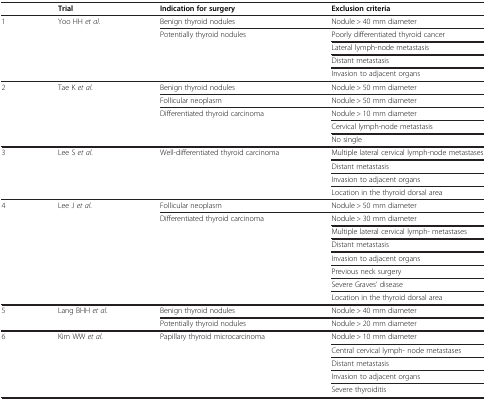
<table><thead><tr><td><b> </b></td><td><b>Trial</b></td><td><b>Indication for surgery</b></td><td><b>Exclusion criteria</b></td></tr></thead><tbody><tr><td rowspan="5">1</td><td rowspan="5">Yoo HH <i>et al</i>.</td><td>Benign thyroid nodules</td><td>Nodule &gt; 40 mm diameter</td></tr><tr><td rowspan="4">Potentially thyroid nodules</td><td>Poorly differentiated thyroid cancer</td></tr><tr><td>Lateral lymph-node metastasis</td></tr><tr><td>Distant metastasis</td></tr><tr><td>Invasion to adjacent organs</td></tr><tr><td rowspan="5">2</td><td rowspan="5">Tae K <i>et al</i>.</td><td>Benign thyroid nodules</td><td>Nodule &gt; 50 mm diameter</td></tr><tr><td>Follicular neoplasm</td><td>Nodule &gt; 50 mm diameter</td></tr><tr><td rowspan="3">Differentiated thyroid carcinoma</td><td>Nodule &gt; 10 mm diameter</td></tr><tr><td>Cervical lymph-node metastasis</td></tr><tr><td>No single</td></tr><tr><td rowspan="4">3</td><td rowspan="4">Lee S <i>et al</i>.</td><td rowspan="4">Well-differentiated thyroid carcinoma</td><td>Multiple lateral cervical lymph-node metastases</td></tr><tr><td>Distant metastasis</td></tr><tr><td>Invasion to adjacent organs</td></tr><tr><td>Location in the thyroid dorsal area</td></tr><tr><td rowspan="8">4</td><td rowspan="8">Lee J <i>et al</i>.</td><td>Follicular neoplasm</td><td>Nodule &gt; 50 mm diameter</td></tr><tr><td rowspan="7">Differentiated thyroid carcinoma</td><td>Nodule &gt; 30 mm diameter</td></tr><tr><td>Multiple lateral cervical lymph- metastases</td></tr><tr><td>Distant metastasis</td></tr><tr><td>Invasion to adjacent organs</td></tr><tr><td>Previous neck surgery</td></tr><tr><td>Severe Graves’ disease</td></tr><tr><td>Location in the thyroid dorsal area</td></tr><tr><td rowspan="2">5</td><td rowspan="2">Lang BHH <i>et al</i>.</td><td>Benign thyroid nodules</td><td>Nodule &gt; 40 mm diameter</td></tr><tr><td>Potentially thyroid nodules</td><td>Nodule &gt; 20 mm diameter</td></tr><tr><td rowspan="5">6</td><td rowspan="5">Kim WW <i>et al</i>.</td><td rowspan="5">Papillary thyroid microcarcinoma</td><td>Nodule &gt; 10 mm diameter</td></tr><tr><td>Central cervical lymph- node metastases</td></tr><tr><td>Distant metastasis</td></tr><tr><td>Invasion to adjacent organs</td></tr><tr><td>Severe thyroiditis</td></tr></tbody></table>